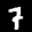
Label: 7